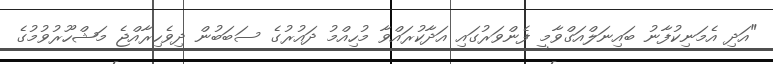
"އަދި އެމަނިކުފާނު ބައިނަލްއަގްވާމީ ފެންވަރުގައި އަދާކުރައްވާ މުހިއްމު ދައުރުގެ ސަބަބުން ދިވެހިރާއްޖެ މަޝްހޫރުވުމުގެ